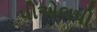
પીએલપી